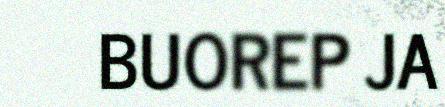
BUOREP JA